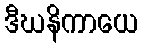
ဒီဃနိကာယေ